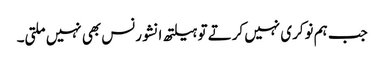
جب ہم نوکری نہیں کرتے تو ہیلتھ انشورنس بھی نہیں‌ملتی۔